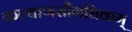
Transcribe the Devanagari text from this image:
कल्याणसौंगधिकम्